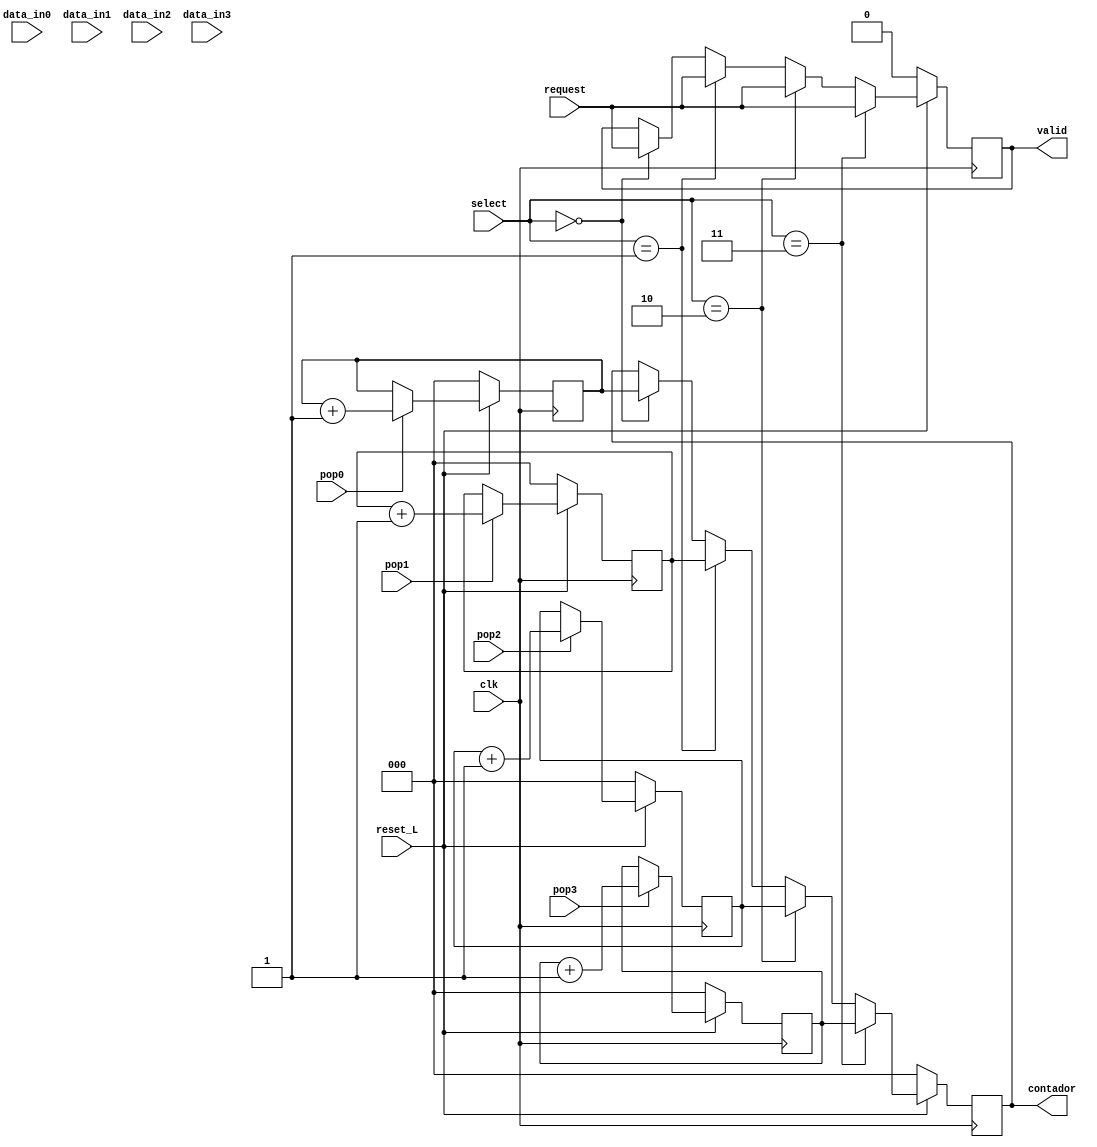
module contadorr(
		input 		 clk,
		input [1:0] 	 select,
		input [9:0] 	 data_in0,
		input [9:0] 	 data_in1,
		input [9:0] 	 data_in2,
		input [9:0] 	 data_in3,
		input 		 pop0,
		input 		 pop1,
		input 		 pop2,
		input 		 pop3,
		input 		 reset_L,
		input 		 request,
		output reg [2:0] contador,
		output reg 	 valid
		);
   
   

   //reg bit_mapeado;
   
   reg [2:0] 			 contador0, contador1, contador2, contador3;
   

   always @(posedge clk) begin

      if(reset_L == 0)begin
	 valid <= 0;
	 contador0 <=0;
	 contador1 <= 0;
	 contador2 <= 0;
	 contador3 <= 0;
	 contador <= 0;
	 
      end
      
      else begin 
	 if(pop0 == 1)begin
	    contador0 <= contador0 + 1;   
	 end

	 if(pop1 == 1)begin
	    contador1 <= contador1 + 1;   
	 end

	 if(pop2 == 1)begin
	    contador2 <= contador2 + 1;   
	 end

	 if(pop3 == 1)begin
	    contador3 <= contador3 + 1;
	 end

	 if(select == 0)begin
	    contador <= contador0;
	    valid <= request; 
	 end

	 if(select == 1)begin
	    contador <= contador1;
	    valid <= request; 	  
	 end

	 if(select == 2)begin
	    contador <= contador2;
	    valid <= request;
	    
	 end
	 
	 if(select == 3)begin
	    contador <= contador3;
	    valid <= request; 	  
	 end
	 
      end // else: !if(reset_L == 0)

      
   end




endmodule